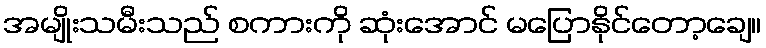
အမျိုးသမီးသည် စကားကို ဆုံးအောင် မပြောနိုင်တော့ချေ။